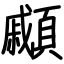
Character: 顣